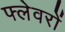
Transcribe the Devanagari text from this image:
फ्लेवरों